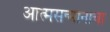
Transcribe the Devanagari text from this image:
आत्मसन्मानाचा